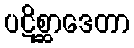
ပဋိစ္ဆာဒေတာ